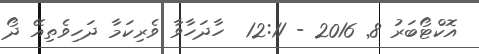
އޮކްޓޯބަރު 8